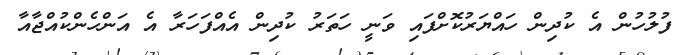
ފުލުހުން އެ ކުދިން ހައްޔަރުކޮށްފައި ވަނީ ހަތަރު ކުދިން އެއްފަހަރާ އެ އަންހެންކުއްޖާއާ